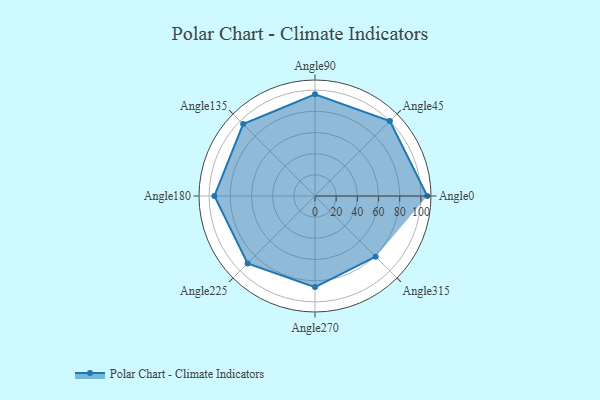
{"axis": {"x": "Angle", "y": "Radius"}, "legend": [""], "data": [{"x": "Angle0", "y": 106.0, "type": ""}, {"x": "Angle45", "y": 100.0, "type": ""}, {"x": "Angle90", "y": 96.0, "type": ""}, {"x": "Angle135", "y": 96.0, "type": ""}, {"x": "Angle180", "y": 95.0, "type": ""}, {"x": "Angle225", "y": 90.0, "type": ""}, {"x": "Angle270", "y": 86.0, "type": ""}, {"x": "Angle315", "y": 81.0, "type": ""}]}